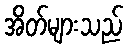
အိတ်များသည်